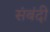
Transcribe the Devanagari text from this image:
संबंदी